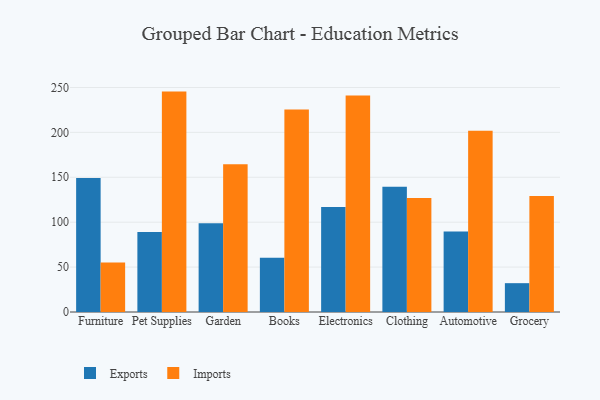
{"axis": {"x": "Category", "y": "Production Output"}, "legend": ["Exports", "Imports"], "data": [{"x": "Furniture", "y": 149.1, "type": "Exports"}, {"x": "Furniture", "y": 55.2, "type": "Imports"}, {"x": "Pet Supplies", "y": 89.2, "type": "Exports"}, {"x": "Pet Supplies", "y": 245.4, "type": "Imports"}, {"x": "Garden", "y": 98.8, "type": "Exports"}, {"x": "Garden", "y": 164.4, "type": "Imports"}, {"x": "Books", "y": 60.4, "type": "Exports"}, {"x": "Books", "y": 225.5, "type": "Imports"}, {"x": "Electronics", "y": 116.8, "type": "Exports"}, {"x": "Electronics", "y": 241.1, "type": "Imports"}, {"x": "Clothing", "y": 139.4, "type": "Exports"}, {"x": "Clothing", "y": 127.0, "type": "Imports"}, {"x": "Automotive", "y": 89.5, "type": "Exports"}, {"x": "Automotive", "y": 201.9, "type": "Imports"}, {"x": "Grocery", "y": 32.1, "type": "Exports"}, {"x": "Grocery", "y": 129.1, "type": "Imports"}]}